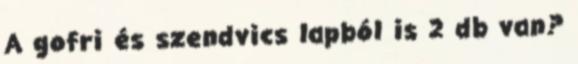
A gofri és szendvics lapból is 2 db van?